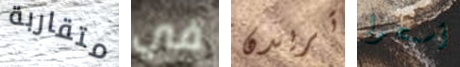
متقاربة في تريدن أسمحوا